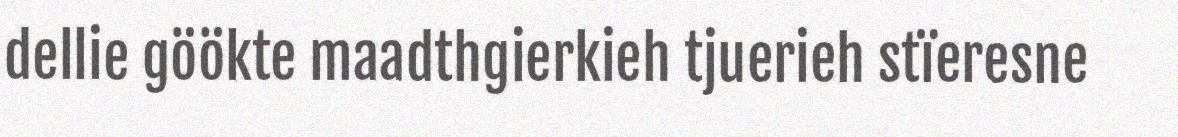
dellie göökte maadthgierkieh tjuerieh stïeresne